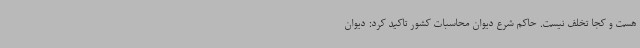
هست و کجا تخلف نیست. حاکم شرع دیوان محاسبات کشور تاکید کرد: دیوان